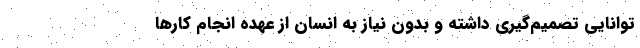
توانایی تصمیم‌گیری داشته و بدون نیاز به انسان از عهده انجام کارها